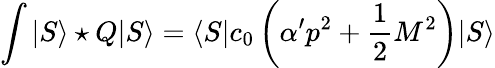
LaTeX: \int|S\rangle\star Q|S\rangle=\langle S|c_{0}\left(\alpha^{\prime}p^{2}+\frac{1}{2}M^{2}\right)|S\rangle